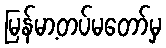
မြန်မာ့တပ်မတော်မှ